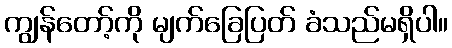
ကျွန်တော့်ကို မျက်ခြေပြတ် ခံသည်မရှိပါ။